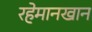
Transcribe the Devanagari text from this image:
रहेमानखान